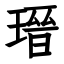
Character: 瑨